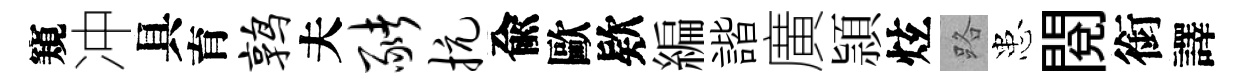
窺冲具育鹑夫猪抗兪歐欵編諧廣頴炫路患閲銜譯